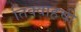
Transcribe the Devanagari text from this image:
तिक्वाहची